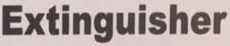
Extinguisher